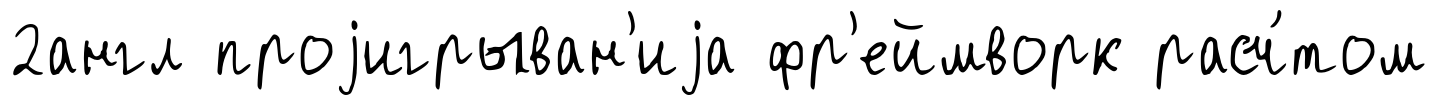
2англ проjигрыван'иjа фр'еймворк расч́том